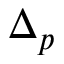
\Delta _ { p }